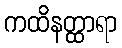
ကထိနတ္ထာရာ